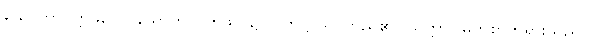
သောတာပတ္တိဖလေ၊ သောတာပတ္တိဖိုလ်၌။ ပတိဋ္ဌာသိ၊ တည်၏။ သတ္တာ၊ မြတ်စွာဘုရားသည်။